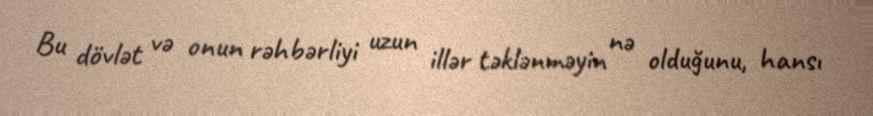
Bu dövlət və onun rəhbərliyi uzun illər təklənməyin nə olduğunu, hansı